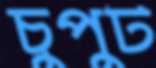
চুপুট